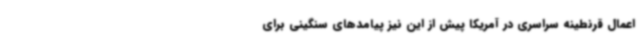
اعمال قرنطینه سراسری در آمریکا پیش از این نیز پیامدهای سنگینی برای